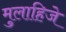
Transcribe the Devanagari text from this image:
मुलाहिजे